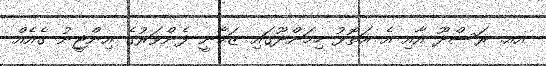
އއ. ރަސްދޫ އާއި އެ އަތޮޅު ހިމަންދޫގައި ޒަމާނީ ފެންވަރުގެ އިންޖީނު ގެއެއް